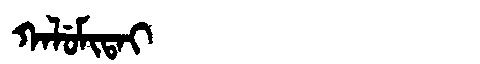
Manchu: ᡴᠠᠯᡠᠮᡳᡨᠠᡳ
Romanization: KALUMITAI